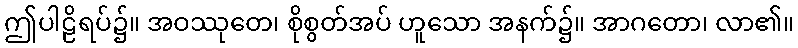
ဤပါဠိရပ်၌။ အဝဿုတေ၊ စိုစွတ်အပ် ဟူသော အနက်၌။ အာဂတော၊ လာ၏။